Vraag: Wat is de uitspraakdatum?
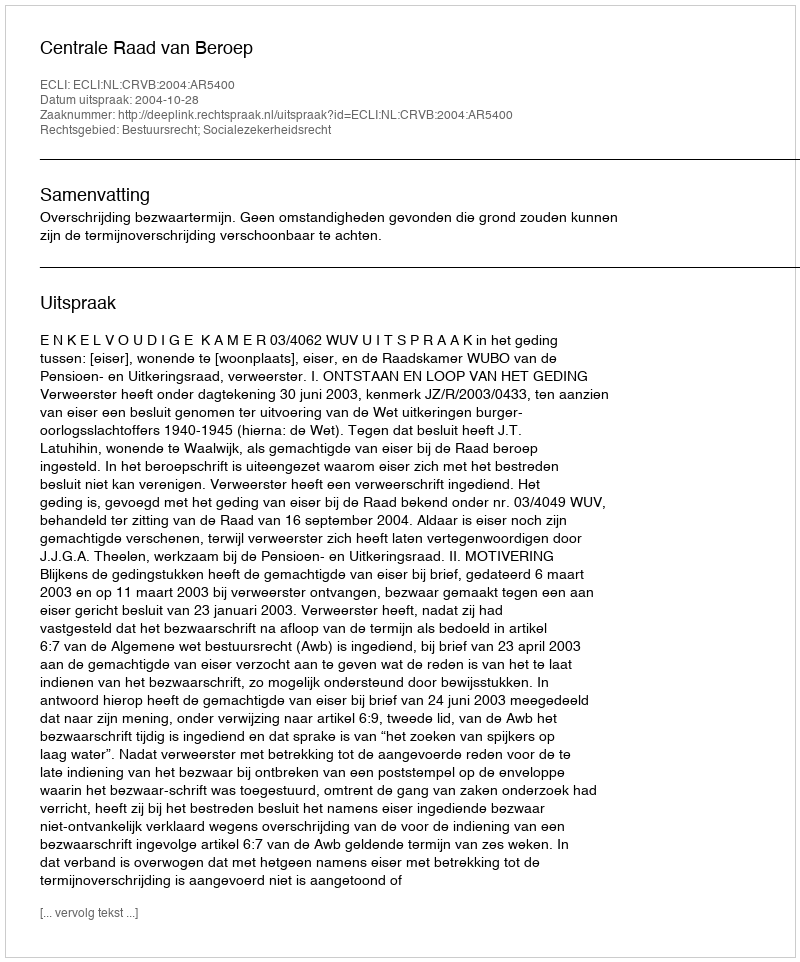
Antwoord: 2004-10-28